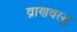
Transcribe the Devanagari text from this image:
व्राणवस्तु